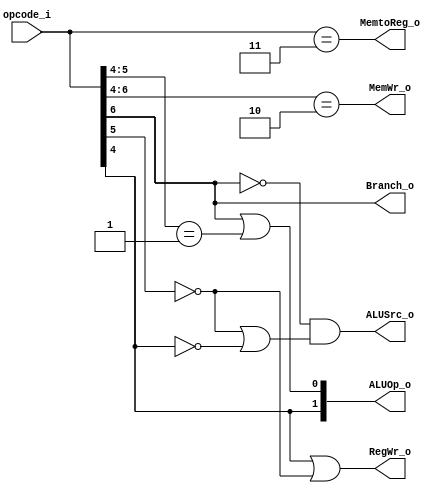
module Control(
    input  [6:0] opcode_i,
    output       ALUSrc_o,
    output [1:0] ALUOp_o,
    output       MemWr_o,
    output       Branch_o,
    output       MemtoReg_o,
    output       RegWr_o
);
    assign ALUSrc_o   = ~opcode_i[6] & (~opcode_i[5] | ~opcode_i[4]);          // sd, ld, addi
    assign ALUOp_o    = {opcode_i[4], opcode_i[6] || opcode_i[5:4] == 2'b01};  // R-format:10, addi:11, ld/sd:00, beq:01
    assign MemWr_o    = opcode_i[6:4] == 3'b010;                               // sd
    assign Branch_o   = opcode_i[6];                                           // beq
    assign MemtoReg_o = opcode_i == 7'b0000011;                                // ld
    assign RegWr_o    = (opcode_i[4] | ~opcode_i[5]);                          // R-format, addi, ld
endmodule